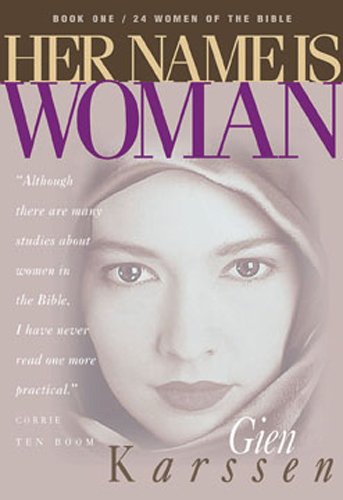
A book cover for Her Name Is Woman, Book 1: 24 Women of the Bible; Gien Karssen; Religion & Spirituality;